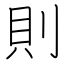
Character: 則